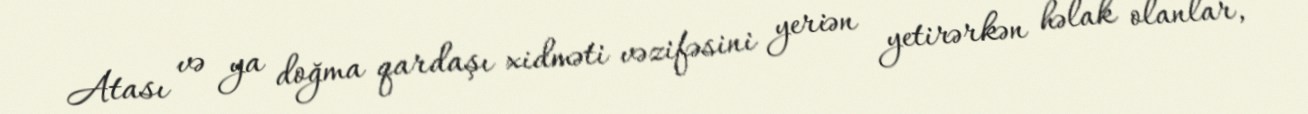
Atası və ya doğma qardaşı xidməti vəzifəsini yeriən yetirərkən həlak olanlar,